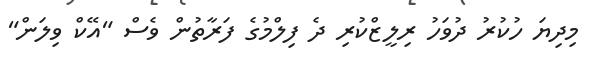
މިދިޔަ ހުކުރު ދުވަހު ރިލީޒްކުރި ދެ ފިލްމުގެ ފަރާތުން ވެސް "އޭކް ވިލަން"